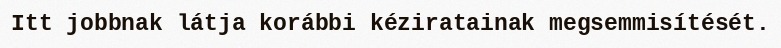
Itt jobbnak látja korábbi kéziratainak megsemmisítését.